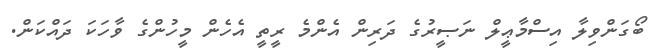
ބޯގަންވިލާ އިސްމާޢީލް ނަޞީރުގެ ދަރިން އެންމެ ރީތީ އެހެން މީހުންގެ ވާހަކަ ދައްކަން.